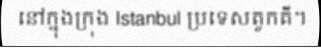
នៅក្នុងក្រុង Istanbul ប្រទេសតួកគី។